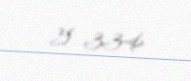
5 334